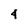
Character: 4